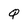
Character: Q